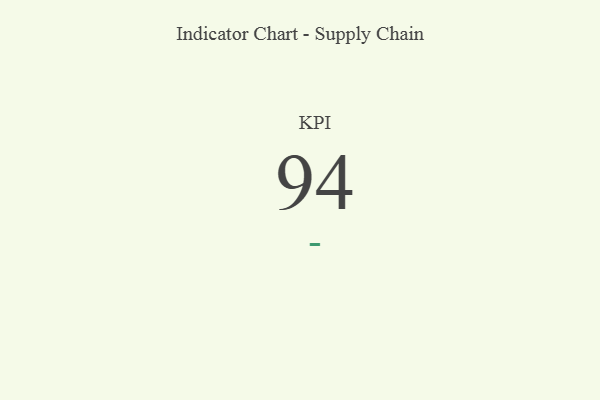
{"axis": {"x": "KPI", "y": "Value"}, "legend": [""], "data": [{"x": "KPI", "y": 94, "type": ""}]}